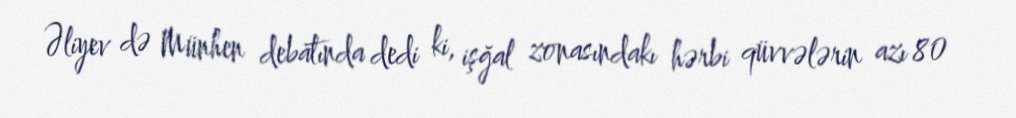
Əliyev də Münhen debatında dedi ki, işğal zonasındakı hərbi qüvvələrin azı 80